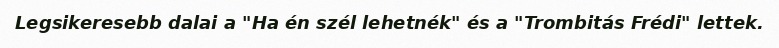
Legsikeresebb dalai a "Ha én szél lehetnék" és a "Trombitás Frédi" lettek.